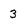
Character: 3